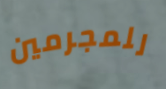
للمجرمين